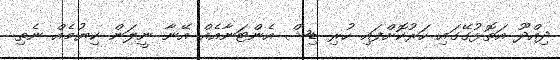
ދިއްދޫ އަތޮޅުގޭގައި ހަރުކޮށްފައި ހުރި ޑިޝް އެންޓަނާއެއް އޭނާ ނީލަން ކިޔުމެއް ނެތި